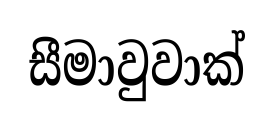
සීමාවුවාක්